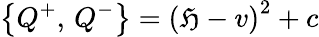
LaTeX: \left\{ Q^{+},\, Q^{-}\right\} =\left(\mathfrak{H}-v\right)^{2}+c